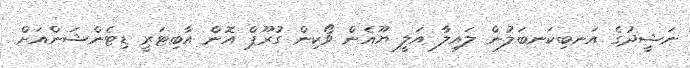
ނަޝީދުގެ އަނބިކަނބަލުން ލައިލާ އަލީ ޔޫއެން ވޯކިން ގުރޫޕް އޮން އާބިޓަރީ ޑިޓެންޝަންއަށް